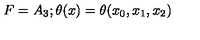
F = A _ { 3 } ; \theta ( x ) = \theta ( x _ { 0 } , x _ { 1 } , x _ { 2 } )